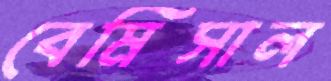
বেমিসাল